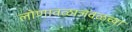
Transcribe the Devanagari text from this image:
लोणावळाजवळच्या